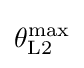
\theta _{{\rm {L}}2}^{\rm {max}}